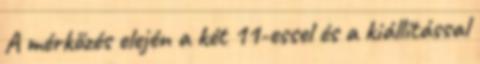
A mérkőzés elején a két 11-essel és a kiállítással